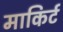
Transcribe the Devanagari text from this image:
माकिर्ट